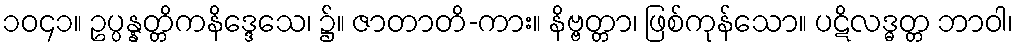
၁၀၄၁။ ဥပ္ပန္နတ္တိကနိဒ္ဒေသေ၊ ၌။ ဇာတာတိ-ကား။ နိဗ္ဗတ္တာ၊ ဖြစ်ကုန်သော။ ပဋိလဒ္ဓတ္တ ဘာဝါ၊